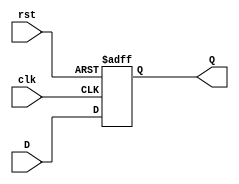
module stage_register (
    input wire clk,       // Clock input
    input wire rst,       // Asynchronous reset
    input wire [N-1:0] D, // Data input (N-bit wide)
    output reg [N-1:0] Q  // Data output (N-bit wide)
);
    
    // Parameter to define the width of the data
    parameter N = 8; // Example width, can be changed as needed

    // Always block triggered on the rising edge of clk or on the reset signal
    always @(posedge clk or posedge rst) begin
        if (rst) begin
            Q <= {N{1'b0}}; // Reset Q to 0 (N bits)
        end else begin
            Q <= D; // Capture input data D
        end
    end

endmodule